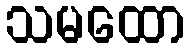
သမထော